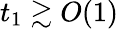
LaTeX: t_{1}\gtrsim O(1)